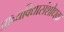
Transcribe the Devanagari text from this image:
प्राच्यविद्यासंशोधक